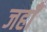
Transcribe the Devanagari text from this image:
जहाँं